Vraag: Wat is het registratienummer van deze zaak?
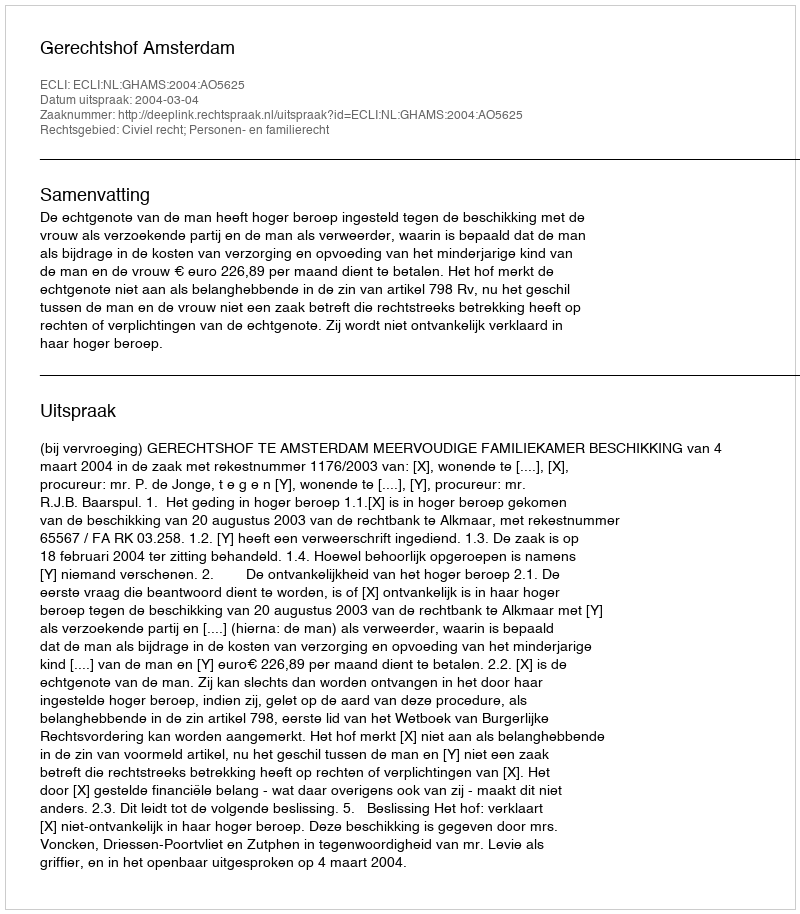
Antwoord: http://deeplink.rechtspraak.nl/uitspraak?id=ECLI:NL:GHAMS:2004:AO5625